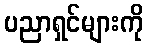
ပညာရှင်များကို